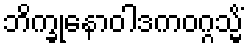
ဘိက္ခုနောဝါဒကဝဂ္ဂသ္မိံ